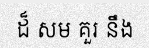
ដ៏ សម គួរ នឹង